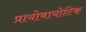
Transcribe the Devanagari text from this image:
प्रायोबायोटिक